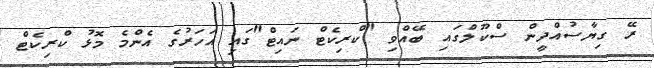
ރޭ ގިޔާސުއްދީން ސްކޫލްގައި ބޭއްވި "ކްރިކެޓް ނައިޓް"ގައި އަހަރުގެ އެންމެ މޮޅު ކްރިކެޓް